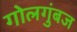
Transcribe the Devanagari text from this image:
गोलगुंबज